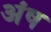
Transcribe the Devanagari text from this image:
अंष